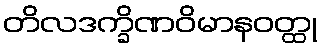
တိလဒက္ခိဏဝိမာနဝတ္ထု